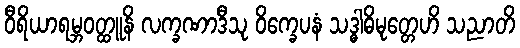
ဝီရိယာရမ္ဘဝတ္ထူနိ လက္ခဏာဒီသု ဝိက္ခေပနံ သဒ္ဓါဓိမုတ္တေဟိ သညာတိ